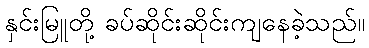
နှင်းမြူတို့ ခပ်ဆိုင်းဆိုင်းကျနေခဲ့သည်။